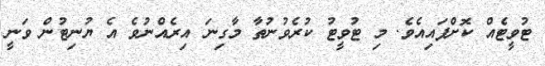
ޓުވީޓެއް ކޮށްފައިއެވެ. މި ޓުވީޓު ކުރެވުނުތާ މާގިނަ އިރެއްނުވެ އެ ޔުނިޓުން ވަނީ